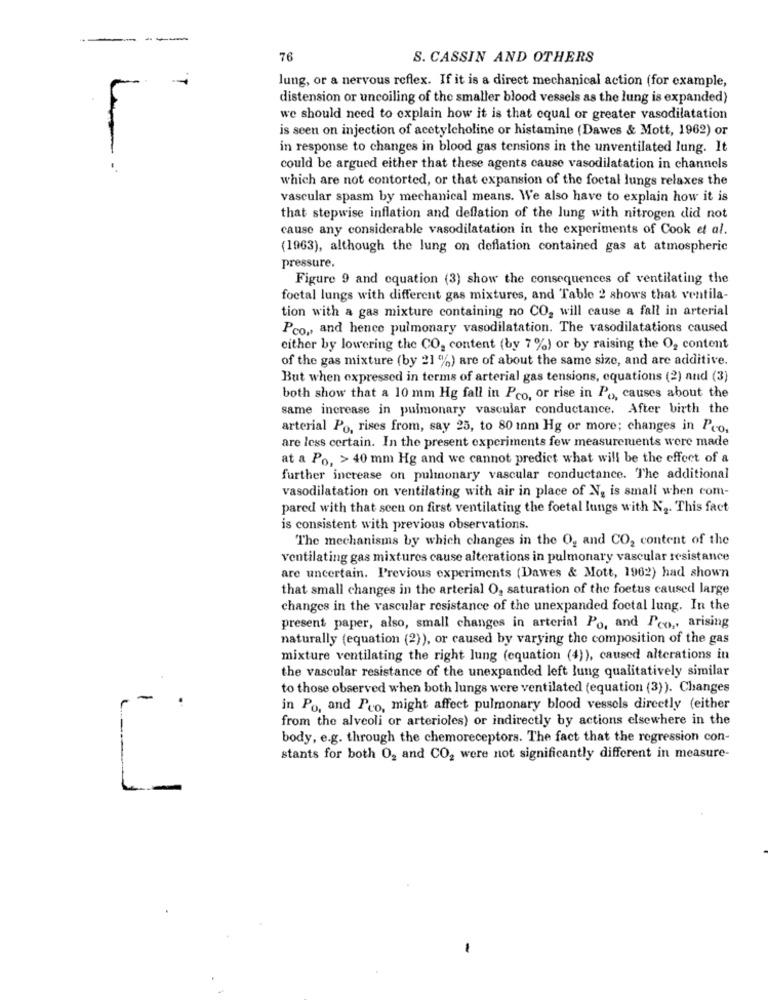
76
S. CASSIN AND OTHERS
lung, or a nervous reflex. If it is a direct mechanical action (for example,
distension or uncoiling of the smaller blood vessels as the lung is expanded)
we should need to explain how it is that equal or greater vasodilatation
is seen on injection of acetylcholine or histamine (Dawes & Mott, 1962) or
in response to changes in blood gas tensions in the unventilated lung. It
-
could be argued either that these agents cause vasodilatation in channels
which are not contorted, or that expansion of the foctal lungs relaxes the
vascular spasm by mechanical means. We also have to explain how it is
that stepwise inflation and deflation of the lung with nitrogen did not
cause any considerable vasodilatation in the experiments of Cook et al.
(1963), although the lung on deflation contained gas at atmospheric
pressure.
Figure 9 and equation (3) show the consequences of ventilating the
foctal lungs with different gas mixtures, and Table 2 shows that ventila-
tion with a gas mixture containing no CO, will cause a fall in arterial
Pco, and hence pulmonary vasodilatation. The vasodilatations caused
either by lowering the CO, content (by 7%) or by raising the O2 content
of the gas mixture (by 21 %) are of about the same size, and are additive.
But when expressed in terms of arterial gas tensions, equations (2) and (3)
both show that a 10 mm Hg fall in Pco, or rise in Po, causes about the
same increase in pulmonary vascular conductance. After birth the
arterial Po, rises from, say 25, to 80 inm Hg or more; changes in Pco,
are less certain. In the present experiments few measurements were made
at a Po, > 40 mm Hg and we cannot predict what will be the effect of a
further increase on pulmonary vascular conductance. The additional
vasodilatation on ventilating with air in place of Ng is small when com-
pared with that seen on first ventilating the foetal lungs with N2. This fact
is consistent with previous observations.
The mechanisms by which changes in the Og and CO, content of the
ventilating gas mixtures cause alterations in pulmonary vascular resistance
are uncertain. Previous experiments (Dawes & Mott, 1962) had shown
that small changes in the arterial O, saturation of the foetus caused large
changes in the vascular resistance of the unexpanded foctal lung. In the
present paper, also, small changes in arterial Po, and Pco ,, arising
naturally (equation (2)), or caused by varying the composition of the gas
mixture ventilating the right lung (equation (4)), caused alterations in
the vascular resistance of the unexpanded left lung qualitatively similar
to those observed when both lungs were ventilated (equation (3)). Changes
in Po, and Pro, might affect pulmonary blood vessels directly (either
from the alveoli or arterioles) or indirectly by actions elsewhere in the
body, e.g. through the chemoreceptors. The fact that the regression con-
stants for both O2 and CO2 were not significantly different in measure-